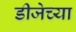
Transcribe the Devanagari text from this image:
डीजेच्या